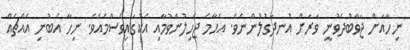
ނިހާއަށް ޖަވާބުދެވުނީ ވަރަށް އުނދަގުލުންނެވެ. އެހާމެ ޖެހިލުންވުމާއި އެކުގައިވެސްމެއެވެ. ނިހާ އެބުނި އެއްޗެއް